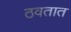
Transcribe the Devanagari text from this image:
ठवतात